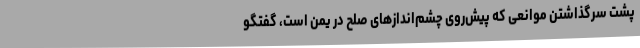
پشت سرگذاشتن موانعی که پیش‌روی چشم‌اندازهای صلح در یمن است، گفتگو